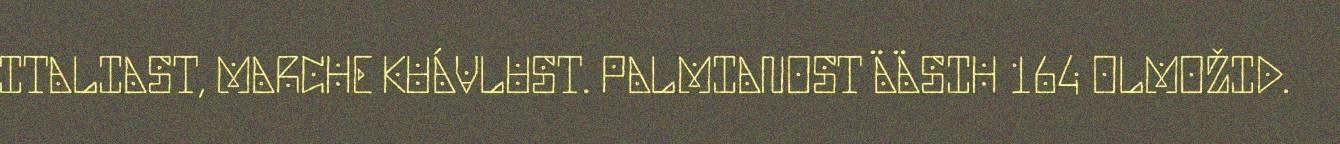
ITALIAST, MARCHE KUÁVLUST. PALMIANOST ÄÄSIH 164 OLMOŽID.